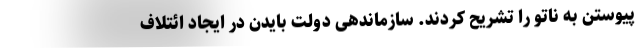
پیوستن به ناتو را تشریح کردند. سازماندهی دولت بایدن در ایجاد ائتلاف